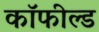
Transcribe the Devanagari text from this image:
कॉफील्ड